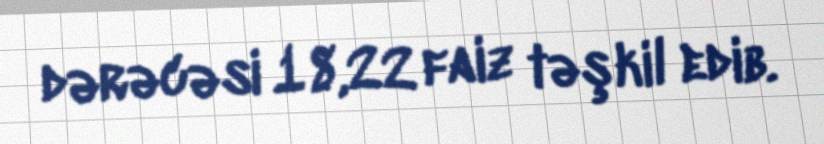
dərəcəsi 18,22 faiz təşkil edib.